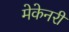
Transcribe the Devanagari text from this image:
मेकेनरी